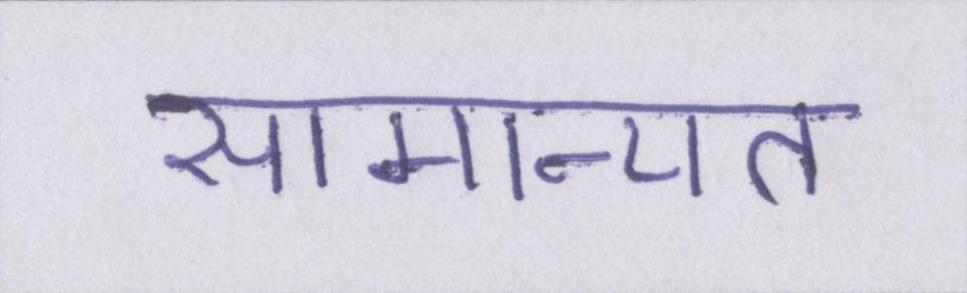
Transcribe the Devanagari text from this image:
सामान्यत